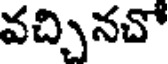
వచ్చినచో